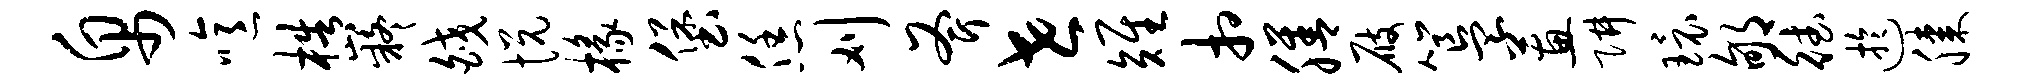
帛噫梏嶷皎悦椽堡恁刈斧世雉相膳屐簋蕙阱环郇德迂膝